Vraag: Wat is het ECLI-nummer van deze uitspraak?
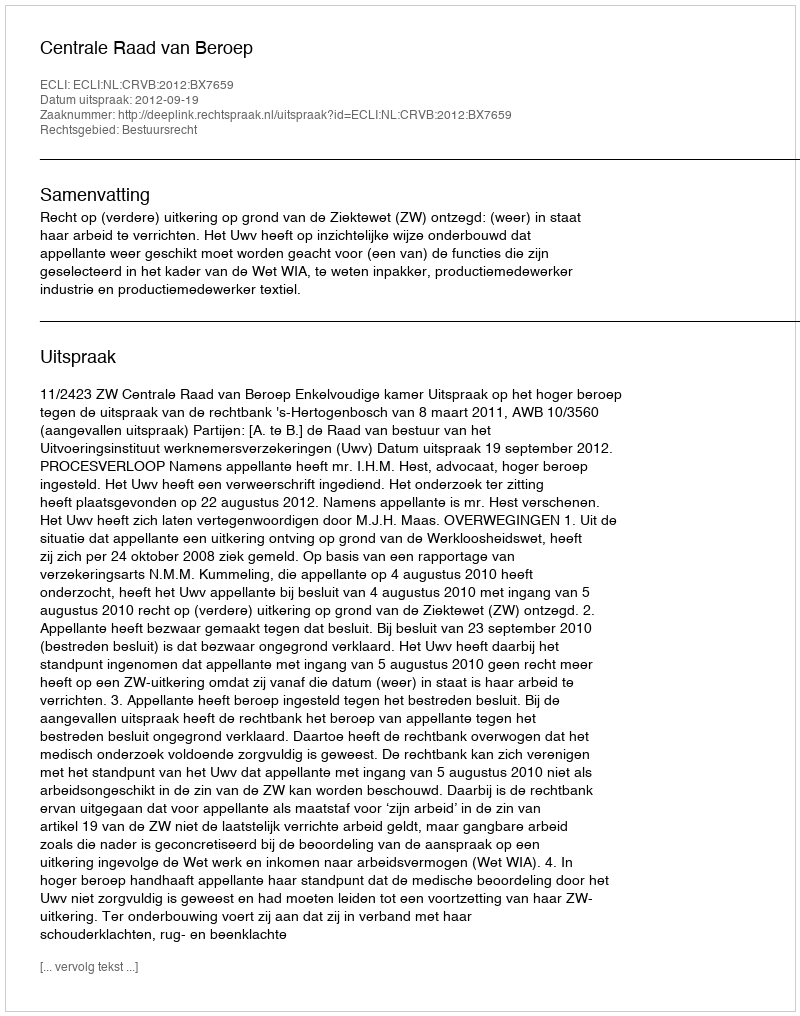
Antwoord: ECLI:NL:CRVB:2012:BX7659